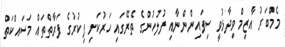
މެމްބަރު އާޒިމް ވިދާޅުވީ ސިފައިންންނާއި ފުލުހުންގެ ތެރޭގައި ހަރުކަށި ފިކުރުގެ ފަރާތްތައް މަސައްކަތް